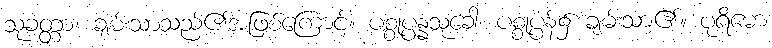
သုခတ္တာ၊ ချမ်းသာသည်၏အဖြစ်ကြောင့်။ ပစ္စုပ္ပန္နသုခေါ၊ ပစ္စုပ္ပန်၌ ချမ်းသာ၏။ ပုရိမော